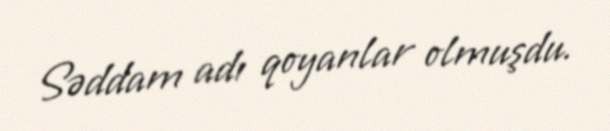
Səddam adı qoyanlar olmuşdu.